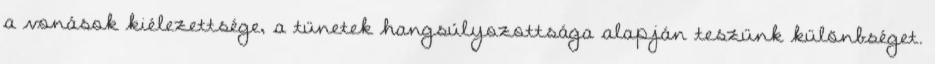
a vonások kiélezettsége, a tünetek hangsúlyozottsága alapján teszünk különbséget.